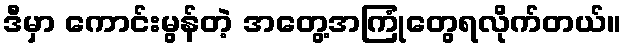
ဒီမှာ ကောင်းမွန်တဲ့ အတွေ့အကြုံတွေရလိုက်တယ်။